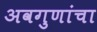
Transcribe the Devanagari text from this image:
अवगुणांचा